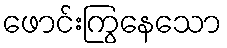
ဖောင်းကြွနေသော